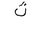
Letter: _tha